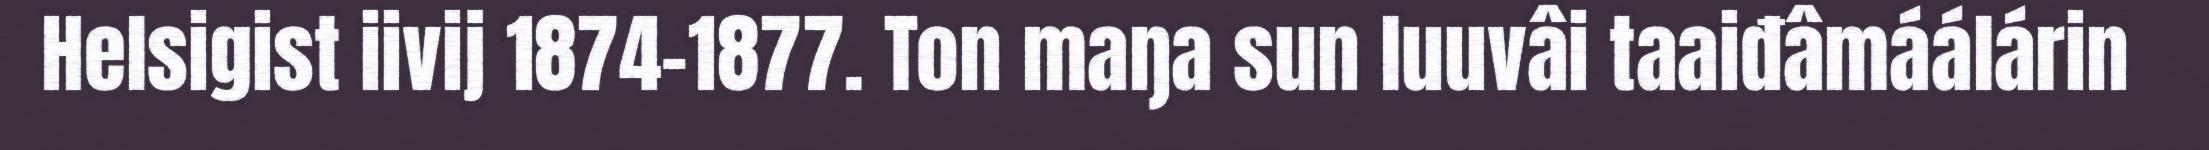
Helsigist iivij 1874–1877. Ton maŋa sun luuvâi taaiđâmáálárin